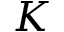
K